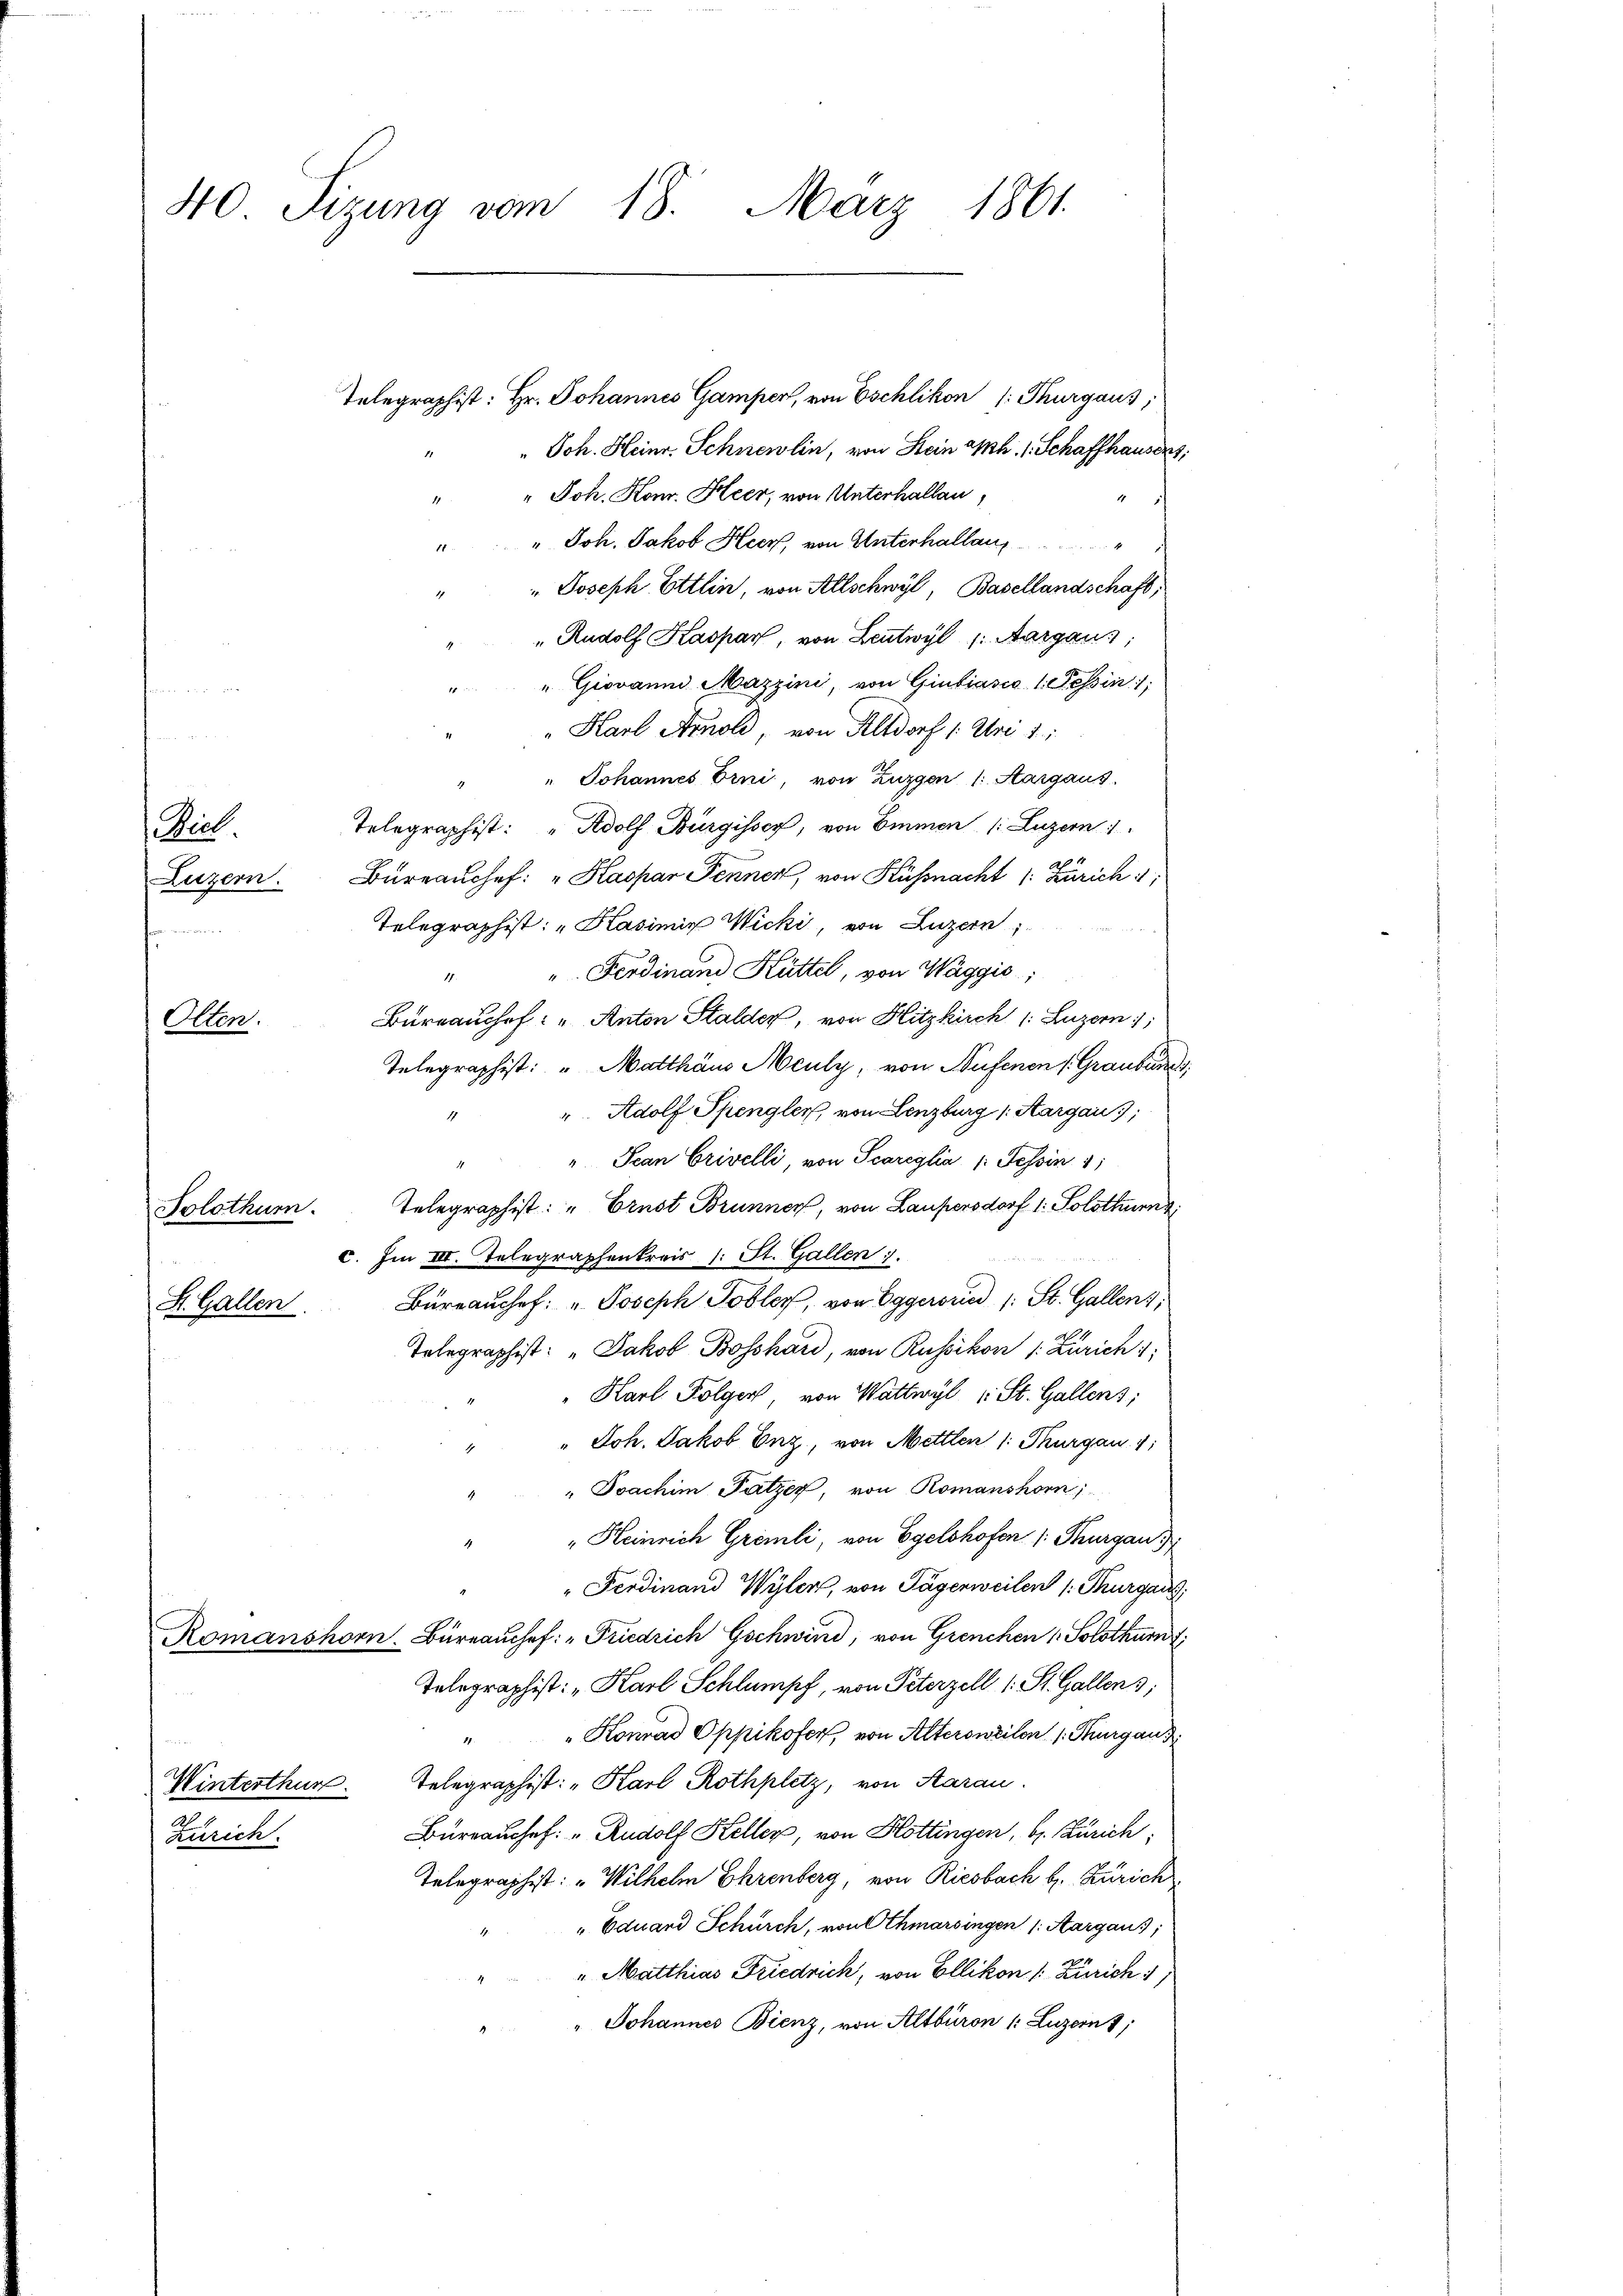
40 Sizung vom 18. März 1861.

Biel.
Luzern.

Olten.

Telegraphist: Hr. Johannes Gamper, von Eschlikon (: Thurgaus;
" Joh. Heinr. Schnewlin, von Stein aph. 1. Schaffhausers,
" Joh. Konr. Heer, von Unterhallen,
"" Joh. Jakob Heer, von Unterhallang
" Joseph Ettlin, von Allschwyl, Basellandschaft,
„Rudolf Kaspar, von Leutwyl /: Aargaus,
" Giovann Mazzini, von Giubiasco 1. Tessin. 1
" Karl Arnold, von Altdorf /: Uri 1
Johannes Erni, von Zuzgen 1. Aargaus
Telegraphist: "Adolf Bürgisser, von Emmen (: Luzern 1
Bureauchef: „Haspar Fennen, von Küssnacht /: Zürich 11;
Telegraphist: „Hasimir Wicki, von Luzern,
5
" Ferdinand Hüttel, von Waggio,
11.
Bureauchef: „Anton Stalder, von Hitzkirch 1: Luzern):
Telegraphist: " Matthäus Meuly, von Hufenen (Graubun
". Adolf Spengler, von Lenzburg (: Sargau,
"Pean Crivelli, von Scareylia /: Tessin 11
Telegraphist: „Ernst Brunnen, von Laupersdorf 1. Solothurn
Solothurn.
c. Im III. Telegraphenkreis 1. St. Gallen.
Büreauchef. " Joseph Tobler, von Eggerorie (: St. Gallenz,
St. Gallen.
Telegraphist: „Jakob Bosshard, von Russikon 1. Zürich
" Karl Folger von Wattwyl (: St. Gallens;
" Joh. Jakob Enz, von Mettlen 1. Thurgau 11
" Joachim Patzer, von Romanshorn,
"Heinrich Gremli, von Egelohofen s. Thurgau,
"Ferdinand Wyler, von Tägerweilen 1. Thurgau
Romanshorn. Büreaŭchef: „Friedrich Gschwind, von Grenchen 1. Solothurn
Telegraphist: „Karl Schlumpf, von Peterzell 1. St. Gallens,
Konrad Oppikofer, von Altersweilen Thurgau,
¬
Telegraphist: „Karl Rothplatz, von Aarau
Winterthur.
Büreaussef: „Rudolf Keller, von Hottingen, b. Zürich
Zürich.
Telegraphist: „Wilhelm Ehrenberg, von Riesbach H. Zürich
" Eduard Schürch, von Othmarsingen 1. Aargaus,
" Matthias Friedrich, von Ellikon (: Zürich 1/
" Johannes Bienz, von Altburon v. Luzern